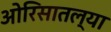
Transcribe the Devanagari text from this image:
ओरिसातल्या